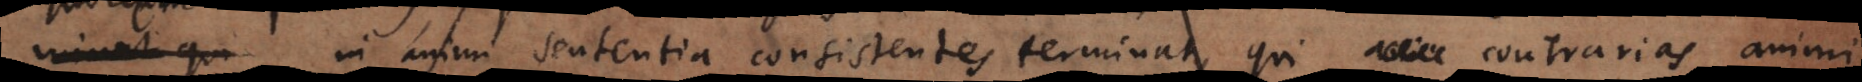
in animi sententia consistentes terminat, qui contrarias animi